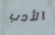
الأدب